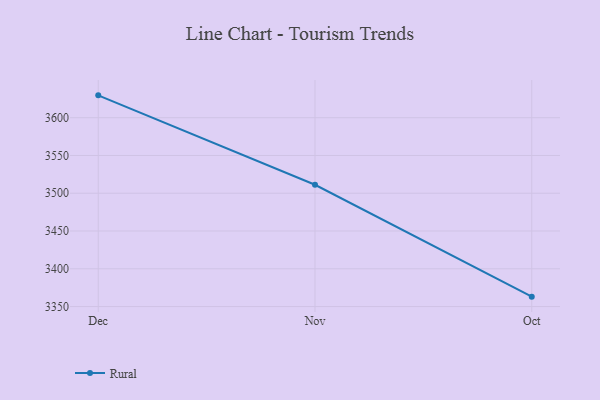
{"axis": {"x": "Month", "y": "Page Views"}, "legend": ["Rural"], "data": [{"x": "Dec", "y": 3629.6, "type": "Rural"}, {"x": "Nov", "y": 3511.2, "type": "Rural"}, {"x": "Oct", "y": 3363.1, "type": "Rural"}]}